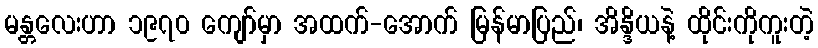
မန္တလေးဟာ ၁၉၇၀ ကျော်မှာ အထက်-အောက် မြန်မာပြည်၊ အိန္ဒိယနဲ့ ထိုင်းကိုကူးတဲ့